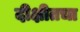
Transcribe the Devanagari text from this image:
दीक्षीतचा